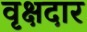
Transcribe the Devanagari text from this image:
वृक्षदार